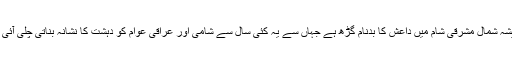
داشیشہ شمال مشرقی شام میں داعش کا بدنام گڑھ ہے جہاں سے یہ کئی سال سے شامی اور عراقی عوام کو دہشت کا نشانہ بناتی چلی آئی ہے۔